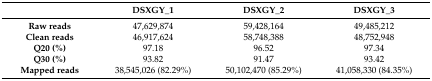
<table><thead><tr><td></td><td><b>DSXGY_1</b></td><td><b>DSXGY_2</b></td><td><b>DSXGY_3</b></td></tr></thead><tbody><tr><td><b>Raw reads</b></td><td>47,629,874</td><td>59,428,164</td><td>49,485,212</td></tr><tr><td><b>Clean reads</b></td><td>46,917,624</td><td>58,748,388</td><td>48,752,948</td></tr><tr><td><b>Q20 (%)</b></td><td>97.18</td><td>96.52</td><td>97.34</td></tr><tr><td><b>Q30 (%)</b></td><td>93.82</td><td>91.47</td><td>93.42</td></tr><tr><td><b>Mapped reads</b></td><td>38,545,026 (82.29%)</td><td>50,102,470 (85.29%)</td><td>41,058,330 (84.35%)</td></tr></tbody></table>